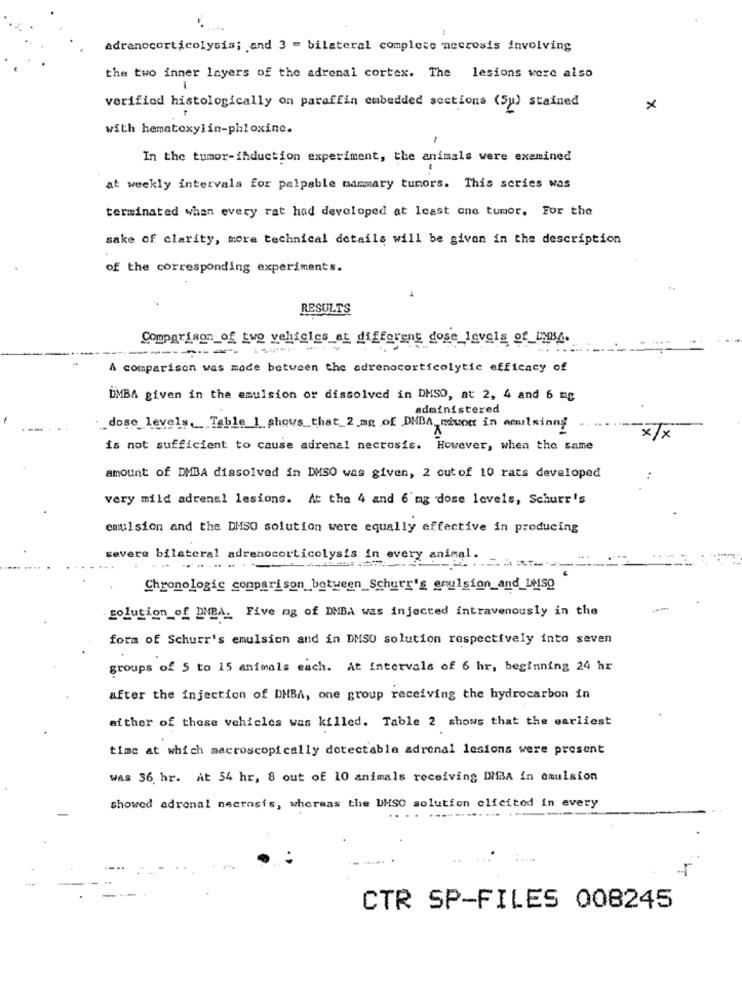
adrenocorticolysis; and 3 = bilateral complete necrosis involving
the two inner layers of the adrenal cortex. The lesions were also
1
verified histologically on paraffin embedded sections (5) stained
×
with hematoxylin-phloxine.
In the tumor-induction experiment, the animals were examined
at weekly intervals for palpable nammary tumors. This series was
terminated when every rat had developed at least one tumor, For the
sake of clarity, more technical details will be given in the description
of the corresponding experiments.
RESULTS
Comparison of two vehicles at different dose_levels of_this4.
---
----
A comparison was made between the adrenocorticolytic efficacy of
DMBA given in the emulsion or dissolved in DMSO, at 2, 4 and 6 mg
administered
.dose_levels, Table_1 shows_that_2_mg of DMBA, ciwon in amulsiong
x/x
is not sufficient to cause adrenal necrosis. However, when the same
amount of DMBA dissolved in DMSO was given, 2 outof 10 rats developed
very mild adrenal lesions. At the 4 and 6'mg dose levels, Schurr's
emulsion and the DHSO solution were equally effective in producing
severe bilateral adrenocorticolysis in every animal.
Chronologie comparison between_Schurr's anulsion_and_Luso
solution of DMBA. Five mg of DMBA was injected intravenously in the
form of Schurr's emulsion and in DMSO solution respectively into seven
groups of S to 15 animals each. At intervals of 6 hr, beginning 24 hr
after the injection of DHBA, one group receiving the hydrocarbon in
either of these vehicles was killed. Table 2 shows that the earliest
time at which macroscopically detectable adrenal lesions were present
was 36. hr. At 54 hr, 8 out of 10 animals receiving DIBA in omulsion
showed adrenal necrosis, whereas the DMSO solution clicited in every
...
CTR SP-FILES 008245